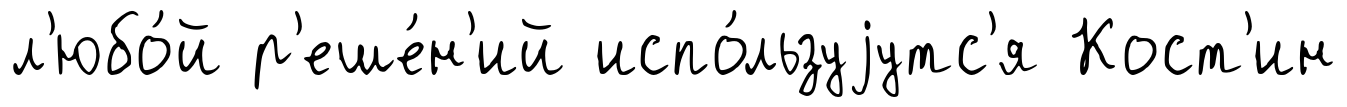
л'юбо́й р'еше́н'ий испо́льзуjутс'я Кост'ин